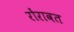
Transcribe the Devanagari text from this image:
रोंरावत